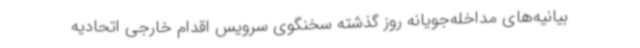
بیانیه‌های مداخله‌جویانه روز گذشته سخنگوی سرویس اقدام خارجی اتحادیه